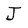
Character: J